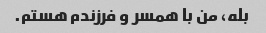
بله، من با همسر و فرزندم هستم.